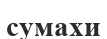
сумахи